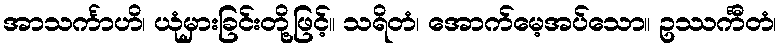
အာသင်္ကာဟိ၊ ယုံမှားခြင်းတို့ဖြင့်။ သရိတံ၊ အောက်မေ့အပ်သော။ ဥဿင်္ကီတံ၊